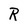
Character: R